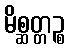
မိစ္ဆတ္တဉ္စ